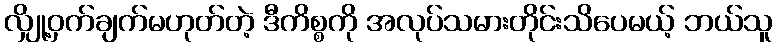
လျှို့ဝှက်ချက်မဟုတ်တဲ့ ဒီကိစ္စကို အလုပ်သမားတိုင်းသိပေမယ့် ဘယ်သူ